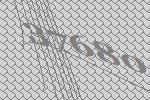
37680